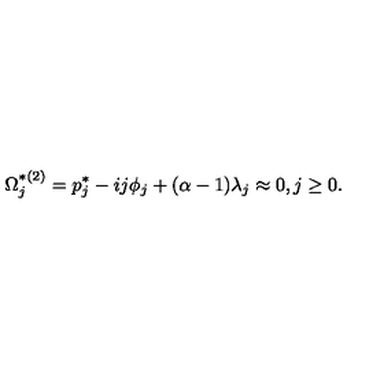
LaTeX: \Omega _ { j } ^ { * ( 2 ) } = p _ { j } ^ { * } - i j \phi _ { j } + ( \alpha - 1 ) \lambda _ { j } \approx 0 , j \geq 0 .